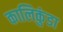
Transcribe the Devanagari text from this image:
कालिकुंडा